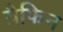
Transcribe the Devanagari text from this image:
ग्रैफिन